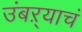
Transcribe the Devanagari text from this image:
उंबऱ्याचं